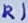
Text: R1